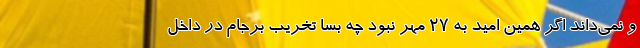
و نمی‌داند اگر همین امید به 27 مهر نبود چه بسا تخریب برجام در داخل